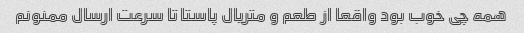
همه چی خوب بود واقعا از طعم و متریال پاستا تا سرعت ارسال ممنونم